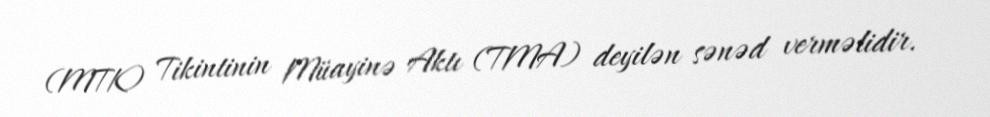
(MTK) Tikintinin Müayinə Aktı (TMA) deyilən sənəd verməlidir.